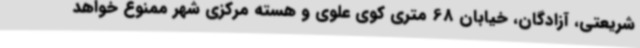
شریعتی، آزادگان، خیابان 68 متری کوی علوی و هسته مرکزی شهر ممنوع خواهد